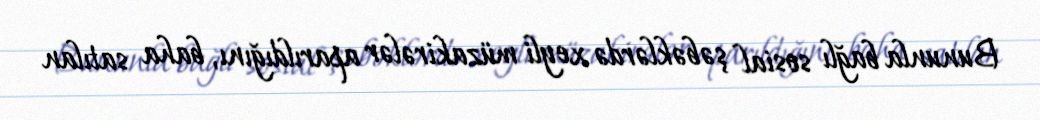
Bununla bağlı sosial şəbəklərdə xeyli müzakirələr aparıldığını, baha satılan